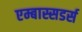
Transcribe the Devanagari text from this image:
एम्बास्सडर्स